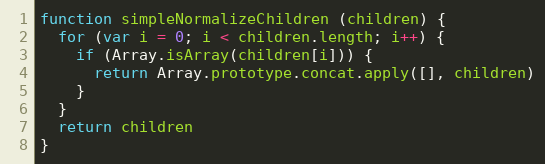
Language: JavaScript
function simpleNormalizeChildren (children) {
  for (var i = 0; i < children.length; i++) {
    if (Array.isArray(children[i])) {
      return Array.prototype.concat.apply([], children)
    }
  }
  return children
}